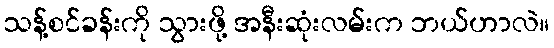
သန့်စင်ခန်းကို သွားဖို့ အနီးဆုံးလမ်းက ဘယ်ဟာလဲ။